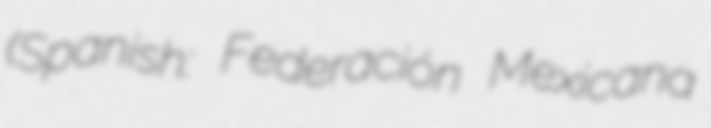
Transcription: (Spanish: Federación Mexicana